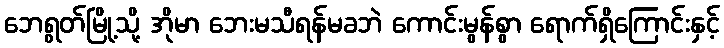
ဘေရွတ်မြို့သို့ အိုမာ ဘေးမသီရန်မခဘဲ ကောင်းမွန်စွာ ရောက်ရှိကြောင်းနှင့်